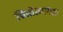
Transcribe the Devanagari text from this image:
चित्रोत्थापक